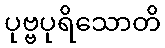
ပုဗ္ဗပုရိသောတိ